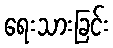
ရေးသားခြင်း